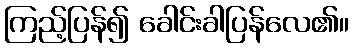
ကြည့်ပြန်၍ ခေါင်းခါပြန်လေ၏။